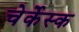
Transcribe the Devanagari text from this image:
चेर्केस्क